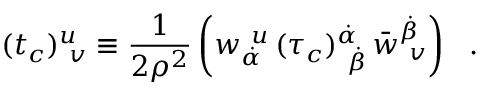
( t _ { c } ) _ { ~ v } ^ { u } \equiv { \frac { 1 } { 2 \rho ^ { 2 } } } \left( w _ { \dot { \alpha } } ^ { ~ u } \, ( \tau _ { c } ) _ { ~ \dot { \beta } } ^ { \dot { \alpha } } \, \bar { w } _ { ~ v } ^ { \dot { \beta } } \right) ~ ~ .